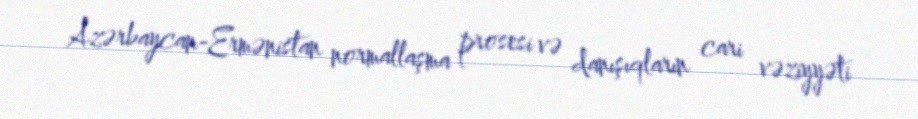
Azərbaycan-Ermənistan normallaşma prosesi və danışıqların cari vəziyyəti